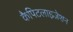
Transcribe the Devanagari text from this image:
कैपिटलाइज़ेशन